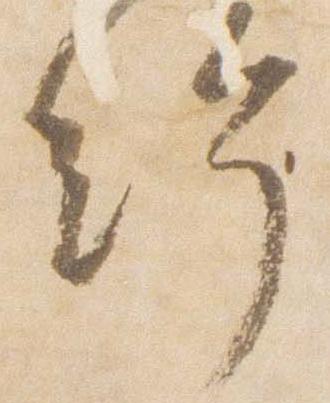
給